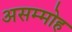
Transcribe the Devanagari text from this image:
असम्मोह